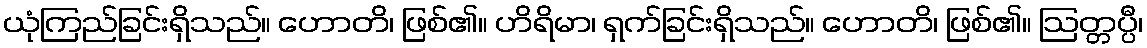
ယုံကြည်ခြင်းရှိသည်။ ဟောတိ၊ ဖြစ်၏။ ဟိရိမာ၊ ရှက်ခြင်းရှိသည်။ ဟောတိ၊ ဖြစ်၏။ ဩတ္တပ္ပီ၊